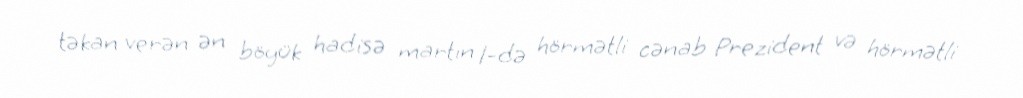
təkan verən ən böyük hadisə martın 1-də hörmətli cənab Prezident və hörmətli